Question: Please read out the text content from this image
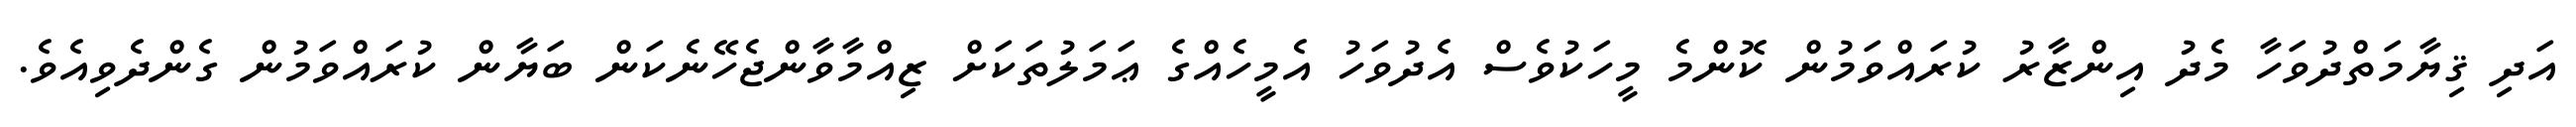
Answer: އަދި ޤިޔާމަތްދުވަހާ މެދު އިންޒާރު ކުރައްވަމުން ކޮންމެ މީހަކުވެސް އެދުވަހު އެމީހެއްގެ ޢަމަލުތަކަށް ޒިއްމާވާންޖެހޭނެކަން ބަޔާން ކުރައްވަމުން ގެންދެވިއެވެ.